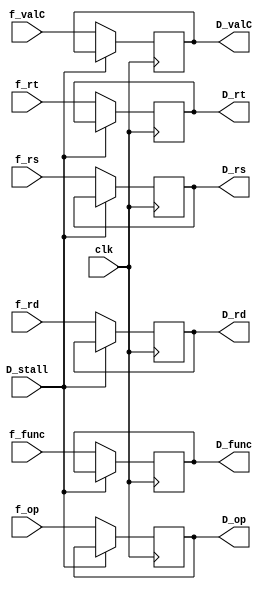
`ifndef _D_reg
`define _D_reg

module D_reg(
    output reg [5:0] D_op,
    output reg [5:0] D_func,
    output reg [4:0] D_rs,
    output reg [4:0] D_rt,
    output reg [4:0] D_rd,
    output reg [31:0] D_valC,
    input clk,
    input D_stall,
    input [5:0] f_op,
    input [5:0] f_func,
    input [4:0] f_rs,
    input [4:0] f_rt,
    input [4:0] f_rd,
    input [31:0] f_valC
);

    always @(posedge clk) begin
        if (!D_stall) begin
            D_op <= f_op;
            D_func <= f_func;
            D_rs <= f_rs;
            D_rt <= f_rt;
            D_rd <= f_rd;
            D_valC <= f_valC;
        end
    end

endmodule

`endif